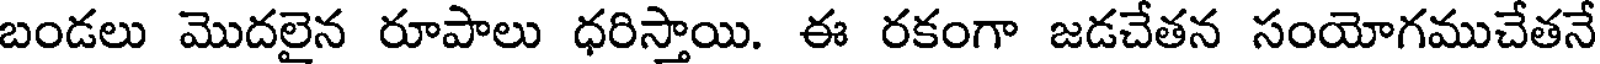
బండలు మొదలైన రూపాలు ధరిస్తాయి. ఈ రకంగా జడచేతన సంయోగముచేతనే